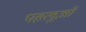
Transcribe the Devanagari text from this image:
पहलूओ